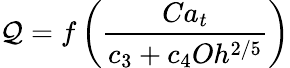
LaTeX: \mathcal{Q}=f\left(\frac{Ca_{t}}{c_{3}+c_{4}Oh^{2/5}}\right)